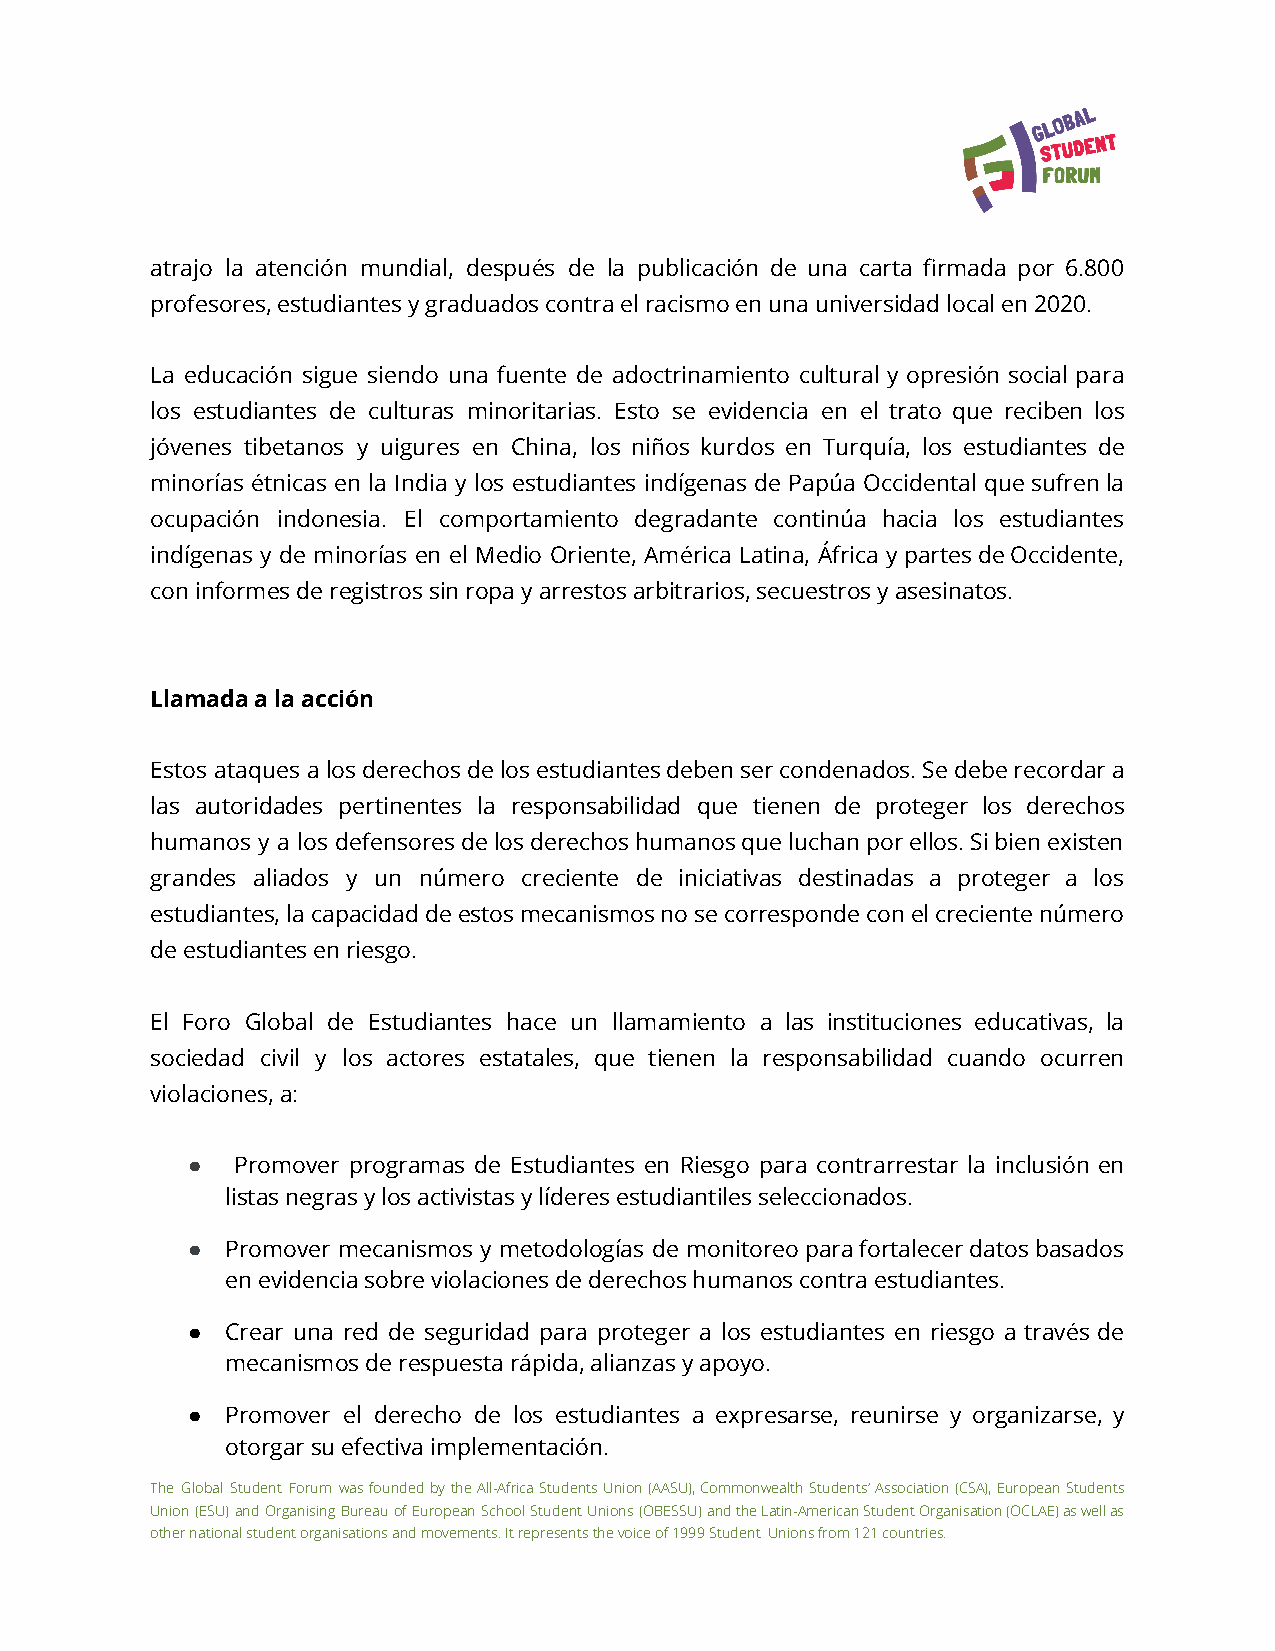
atrajo la atención mundial, después de la publicación de una carta firmada por 6.800
 profesores, estudiantes y graduados contra el racismo en una universidad local en 2020.
 La educación sigue siendo una fuente de adoctrinamiento cultural y opresión social para
 los estudiantes de culturas minoritarias. Esto se evidencia en el trato que reciben los
 jóvenes tibetanos y uigures en China, los niños kurdos en Turquía, los estudiantes de
 minorías étnicas en la India y los estudiantes indígenas de Papúa Occidental quesufrenla
 ocupación indonesia. El comportamiento degradante continúa hacia los estudiantes
 indígenas y de minorías en el Medio Oriente, América Latina, África ypartesdeOccidente,
 con informes de registros sin ropa y arrestos arbitrarios, secuestros y asesinatos.
 Llamada a la acción
 Estos ataques alosderechosdelosestudiantesdebensercondenados.Sedeberecordara
 las autoridades pertinentes la responsabilidad que tienen de proteger los derechos
 humanos y a los defensoresdelosderechoshumanosqueluchanporellos.Sibienexisten
 grandes aliados y un número creciente de iniciativas destinadas a proteger a los
 estudiantes,lacapacidaddeestosmecanismosnosecorrespondeconelcrecientenúmero
 de estudiantes en riesgo.
 El Foro Global de Estudiantes hace un llamamiento a las instituciones educativas, la
 sociedad civil y los actores estatales, que tienen la responsabilidad cuando ocurren
 violaciones, a:
 ●  Promover programas de Estudiantes en Riesgo para contrarrestar la inclusión en
 listas negras y los activistas y líderes estudiantiles seleccionados.
 ●  Promover mecanismos y metodologías de monitoreoparafortalecerdatosbasados
 en evidencia sobre violaciones de derechos humanos contra estudiantes.
 ●  Crear una red de seguridad para proteger a los estudiantes en riesgo a través de
 mecanismos de respuesta rápida, alianzas y apoyo.
 ●  Promover el derecho de los estudiantes a expresarse, reunirse y organizarse, y
 otorgar su efectiva implementación.
 The Global Student Forum wasfoundedbytheAll-AfricaStudentsUnion(AASU),CommonwealthStudents’Association(CSA),EuropeanStudents
 Union(ESU)andOrganisingBureauofEuropeanSchoolStudentUnions(OBESSU)andtheLatin-AmericanStudentOrganisation(OCLAE)aswellas
 other national student organisations and movements. It represents the voice of 1999 Student Unions from 121 countries.